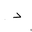
Letter: _dal